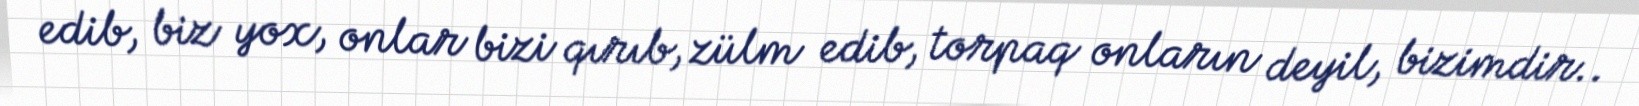
edib, biz yox, onlar bizi qırıb, zülm edib, torpaq onların deyil, bizimdir..